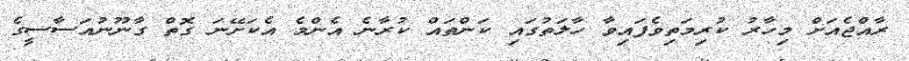
ރާއްޖެއަށް މިހާރު ކުރިމަތިވެފައިވާ ހާލަތުގައި ކަންތައް ކުރާނެ އެންމެ އެކަށޭނަ ގޮތް ގާނޫނުއަސާސީގެ